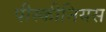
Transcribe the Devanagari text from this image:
पीस्कीनियस